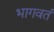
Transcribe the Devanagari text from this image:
भागवतं